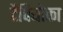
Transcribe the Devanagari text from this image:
टैपियोका